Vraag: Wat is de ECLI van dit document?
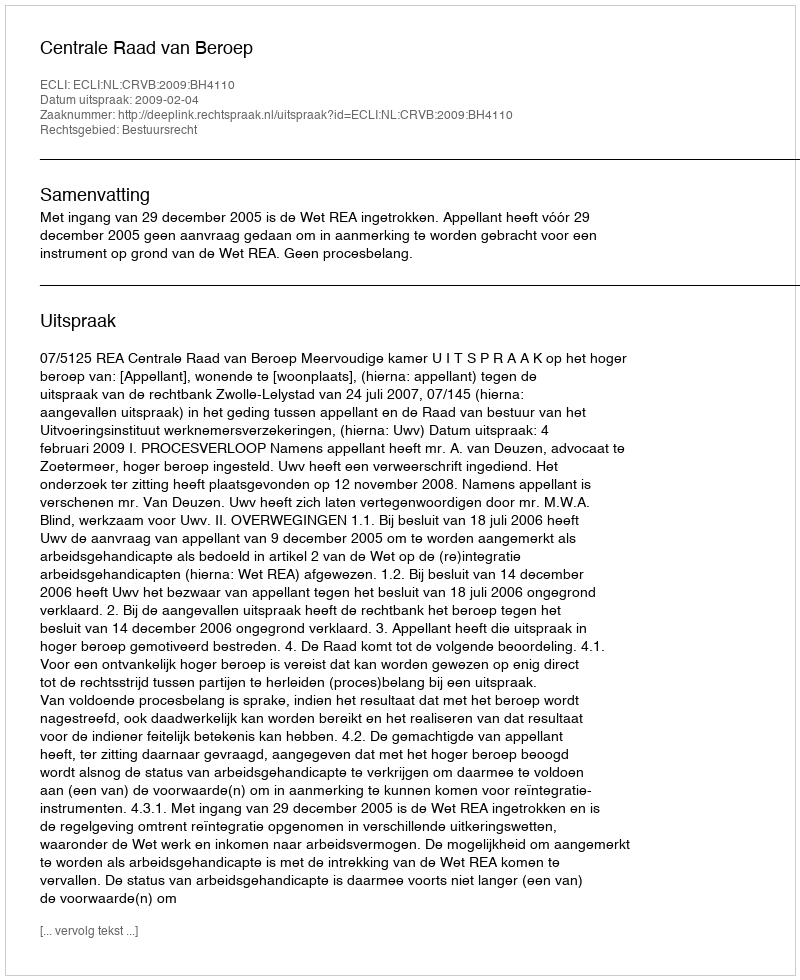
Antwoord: ECLI:NL:CRVB:2009:BH4110